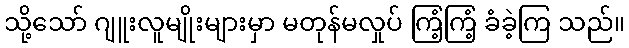
သို့သော် ဂျူးလူမျိုးများမှာ မတုန်မလှုပ် ကြံ့ကြံ့ ခံခဲ့ကြ သည်။